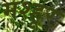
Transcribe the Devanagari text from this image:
मश्‍हूर